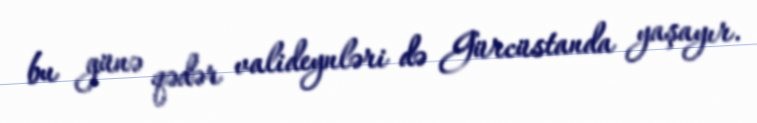
bu günə qədər valideynləri də Gürcüstanda yaşayır.